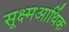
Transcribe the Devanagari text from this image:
सूक्ष्मआर्थिक